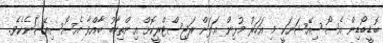
ބޮޑީބޯޑިން އެސޯސިއޭޝަނަކީ މި އަހަރު މުޅިން އަލަށް ރަޖިސްޓްރީކޮށް އިންތިހާބު ބާއްވާ އެސޯސިއޭޝަނެކެވެ.